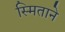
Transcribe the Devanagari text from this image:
स्मिताने